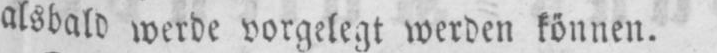
alsblad werde vorgelegt werden können.